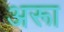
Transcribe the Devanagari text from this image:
अरूा